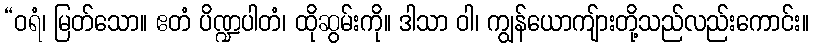
“ဝရံ၊ မြတ်သော။ ဧတံ ပိဏ္ဍပါတံ၊ ထိုဆွမ်းကို။ ဒါသာ ဝါ၊ ကျွန်ယောကျ်ားတို့သည်လည်းကောင်း။